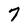
Character: 7